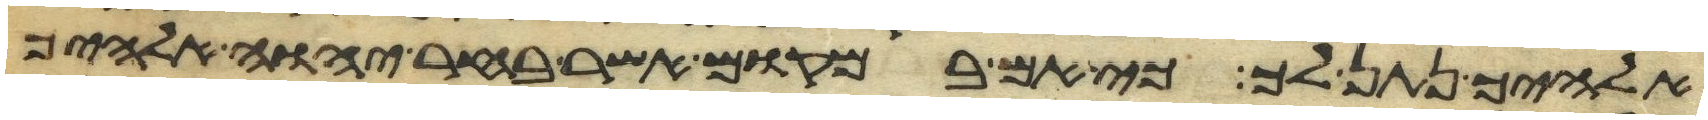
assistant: אלהיך נתן לך כי אם במקום אשר בחר יהוה אלהיך